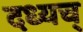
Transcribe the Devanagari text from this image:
दध्यच्